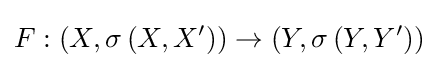
F:\left(X,\sigma \left(X,X^{\prime }\right)\right)\to \left(Y,\sigma \left(Y,Y^{\prime }\right)\right)